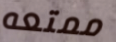
ممتعه